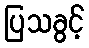
ပြသခွင့်